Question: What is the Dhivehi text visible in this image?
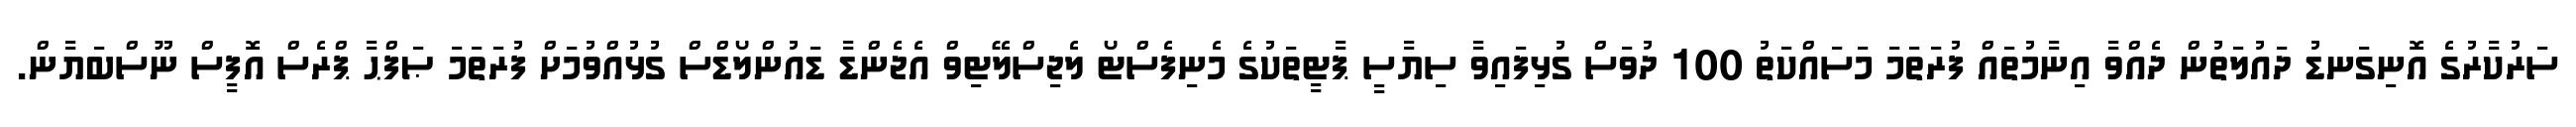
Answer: ސަރުކާރުގެ އޮނިގަނޑު ދައުލަތުން ދެއްވާ އިނާމުތައް ފުރަތަމަ މަސައްކަތު 100 ދުވަސް ގުޅިފައިވާ ސިޔާސީ ޕާޓީތަކުގެ މެނިފެސްޓޯ ލެޖިސްލޭޓިވް އެޖެންޑާ ޑައުންލޯޑްސް ގުޅުއްވުމަށް ފުރަތަމަ ޞަފްޙާ ޕްރެސް އޮފީސް ނޫސްބަޔާން.